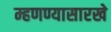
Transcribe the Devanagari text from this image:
म्हणण्यासारखे